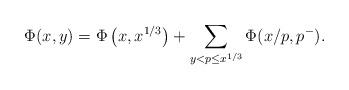
LaTeX: \begin{align*}\Phi(x,y)=\Phi\left(x,x^{1/3}\right)+\sum_{y<p\le x^{1/3}}\Phi(x/p,p^-).\end{align*}